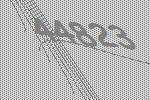
44823